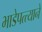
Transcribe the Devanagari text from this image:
भाडेपत्त्याने